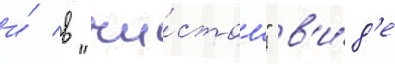
и́ в "чи́стом" в'и́д'е